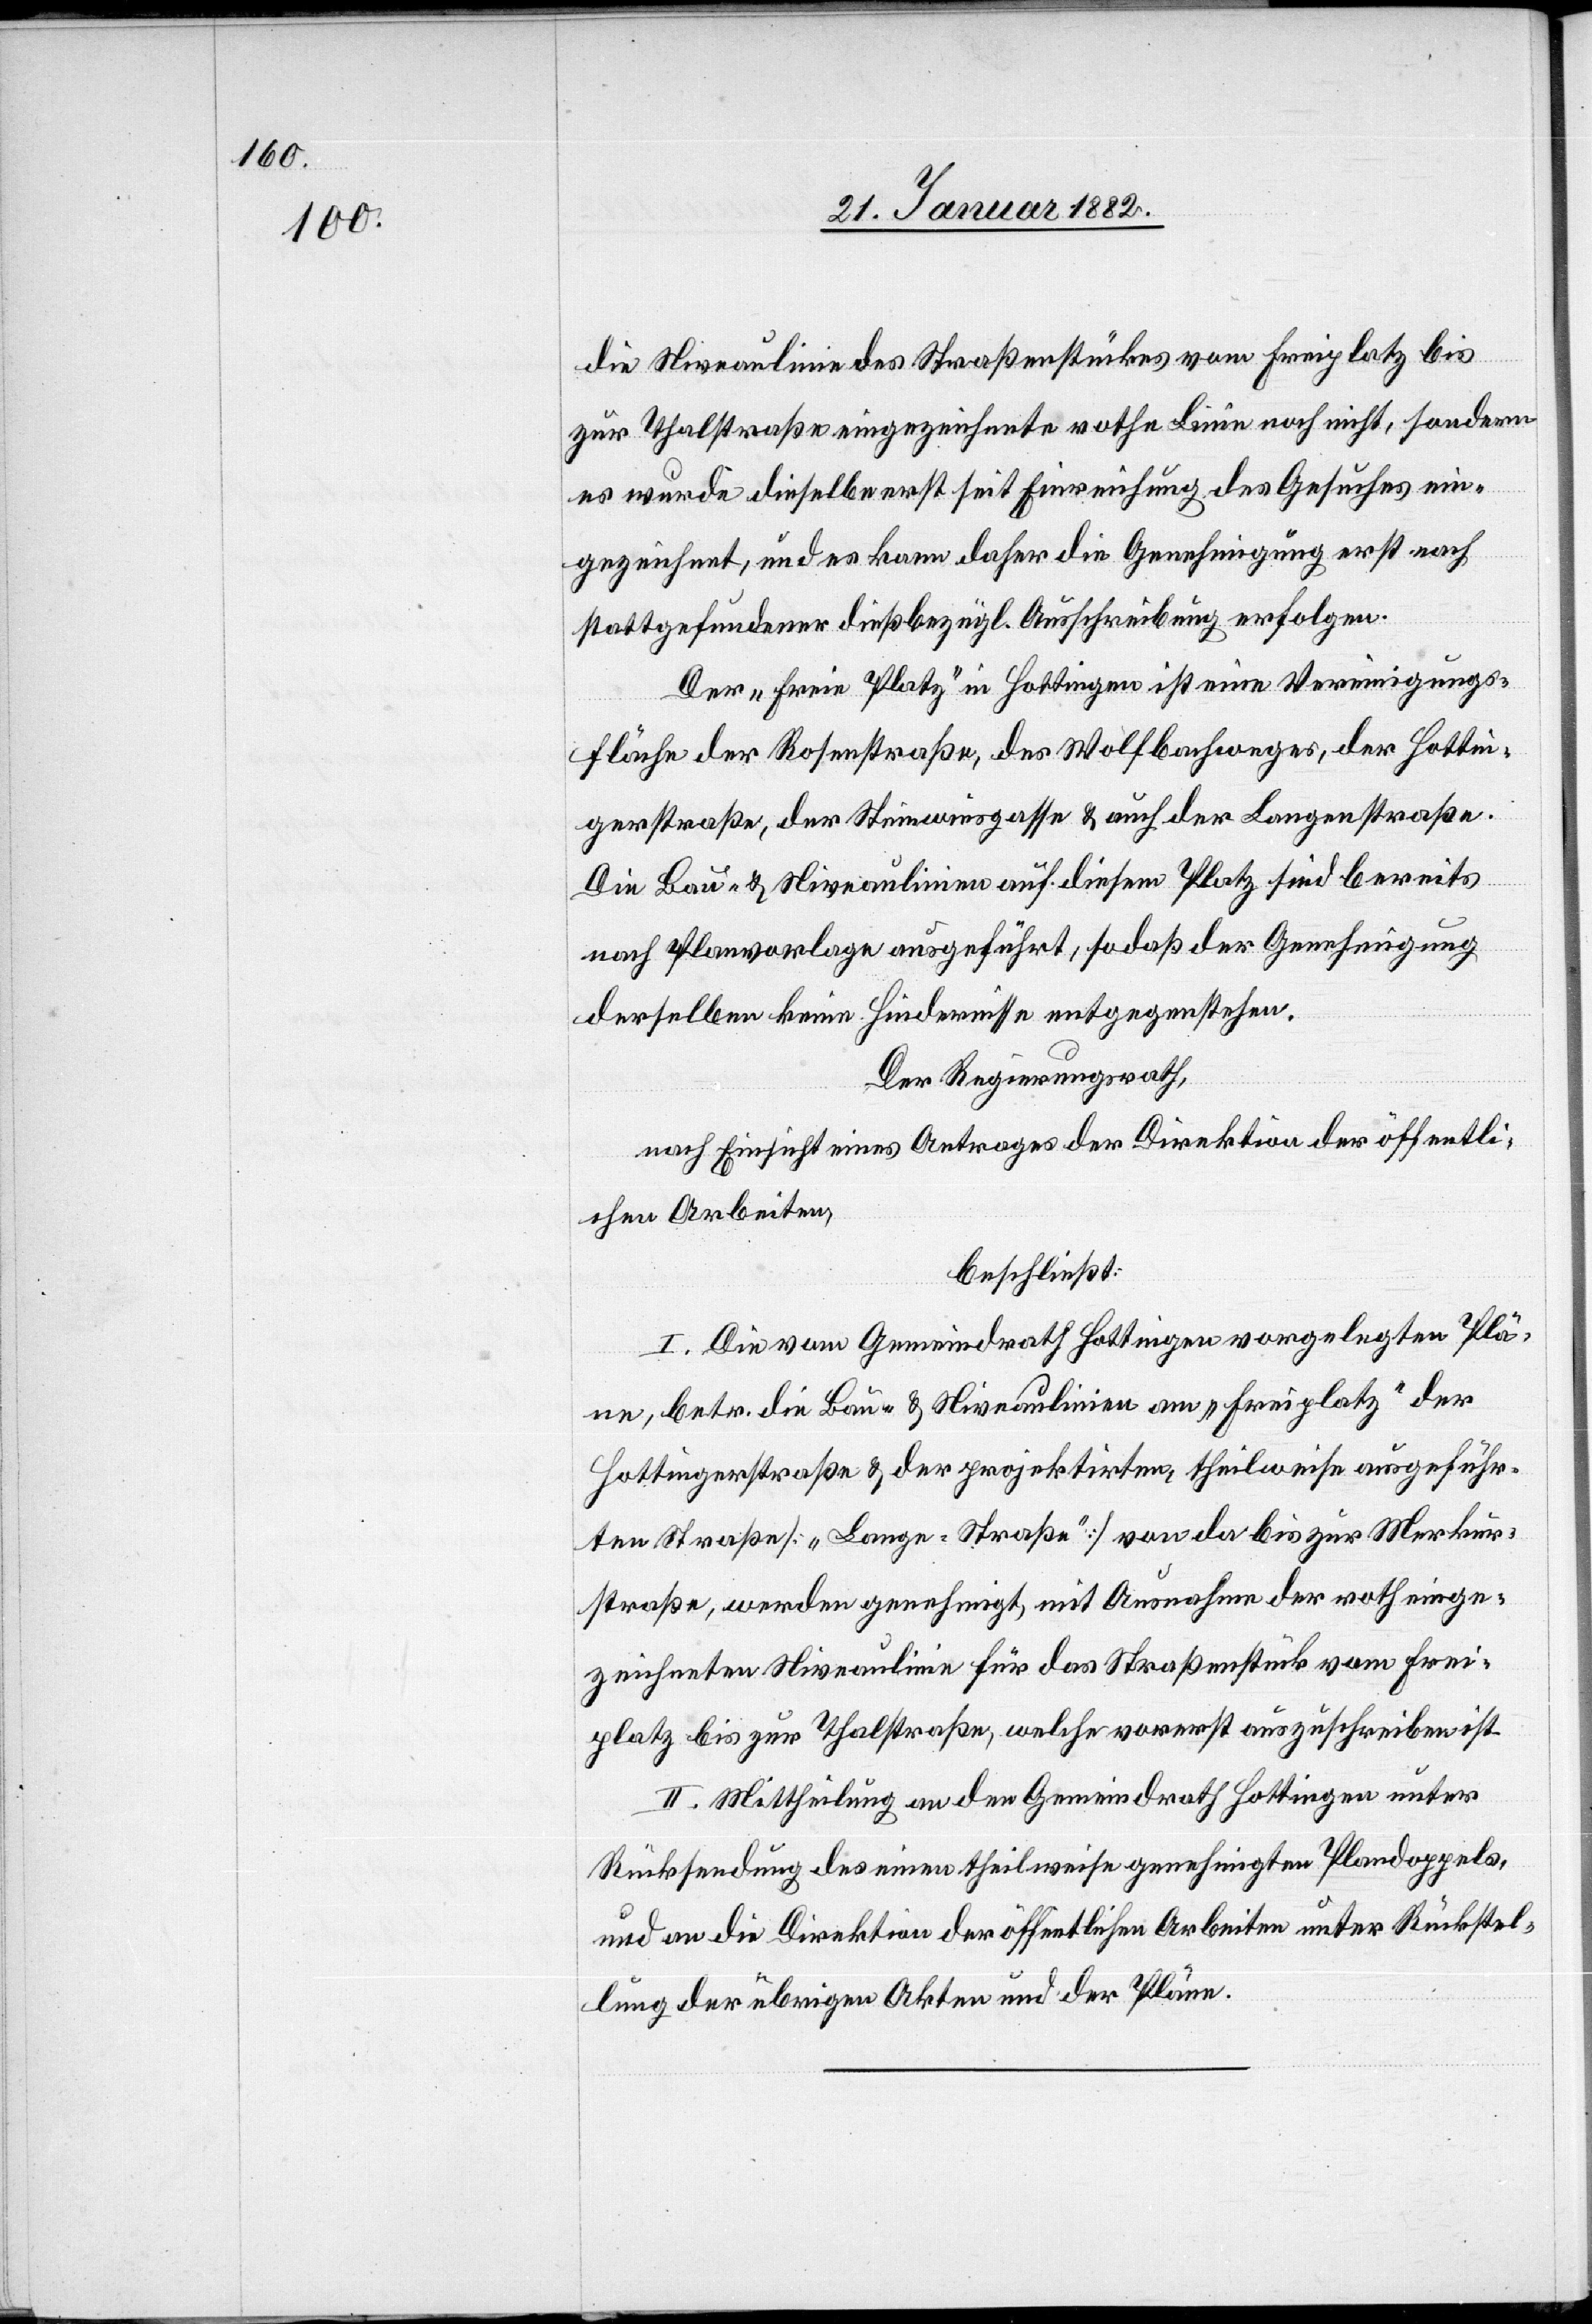
die Niveaulinie des Straßenstückes vom Freiplatz bis
zur Thalstraße eingezeichnete rothe Linie noch nicht, sondern
es wurde dieselbe erst seit Einreichung des Gesuches ein¬
gezeichnet, und es kann daher die Genehmigung erst nach
stattgefundener dießbezügl. Aufschiebung erfolgen.
Der „freie Platz“ in Hottingen ist eine Vereinigungs¬
fläche der Rosenstraße, des Wolfbachweges, der Hottin¬
gerstraße, der Steinwiesgasse & auch der Langenstraße.
Die Bau- & Niveaulinien auf diesem Platz sind bereits
nach Planvorlage ausgeführt, sodaß der Genehmigung
derselben keine Hindernisse entgegenstehen.
Der Regierungsrath,
nach Einsicht eines Antrages der Direktion der öffentli¬
chen Arbeiten,
beschließt:
I. Die vom Gemeindrath Hottingen vorgelegten Plä¬
ne, betr. die Bau- & Niveaulinien am „Freiplatz“ der
Hottingerstraße & der projektierten theilweise ausgeführ¬
ten Straße [„Lange-Straße] von da bis zur Merkur¬
straße, werde genehmigt, mit Ausnahme der roth einge¬
zeichneten Niveaulinie für das Straßenstück vom Frei¬
platz bis zur Thalstraße, welche vorerst auszuschreiben ist.
II. Mittheilung an den Gemeindrath Hottingen unter
Rücksendung des einen theilweise genehmigten Plandoppels
und an die Direktion der öffentlichen Arbeiten unter Rückstel¬
lung der übrigen Akten und der Pläne.